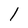
Character: l